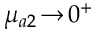
\mu _ { a 2 } \! \to \! 0 ^ { + }